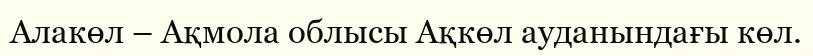
Алакөл – Ақмола облысы Ақкөл ауданындағы көл.